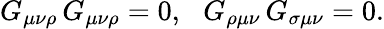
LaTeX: G_{\mu\nu\rho}\, G_{\mu\nu\rho}=0,\, \, \, \, G_{\rho\mu\nu}\, G_{\sigma\mu\nu}=0.